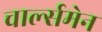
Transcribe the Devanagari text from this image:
चार्ल्समेन